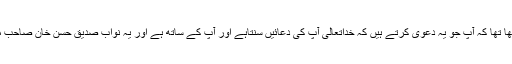
بلکہ لیکھرام نے طنزیہ طور پر حضرت مسیح موعود علیہ الصلوٰۃ والسلام کو بھی لکھا تھا کہ آپ جو یہ دعویٰ کرتے ہیں کہ خداتعالیٰ آپ کی دعائیں سنتاہے اور آپ کے ساتھ ہے اور یہ نواب صدیق حسن خان صاحب مسلمان ہیں جو آج کل بڑی بُری حالت میں ہیں اور ان کی بڑی بے عزتی ہو رہی ہے۔